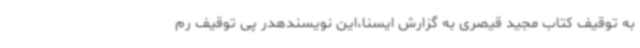
به توقیف کتاب مجید قیصری به گزارش ایسنا،این نویسندهدر پی توقیف رم